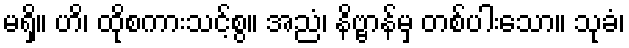
မရှိ။ ဟိ၊ ထိုစကားသင့်စွ။ အညံ၊ နိဗ္ဗာန်မှ တစ်ပါးသော။ သုခံ၊